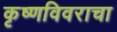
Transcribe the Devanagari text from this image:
कृष्णविवराचा